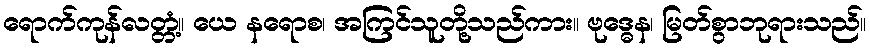
ရောက်ကုန်လတ္တံ့။ ယေ နရောစ၊ အကြင်သူတို့သည်ကား။ ဗုဒ္ဓေန၊ မြတ်စွာဘုရားသည်။